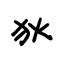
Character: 狄